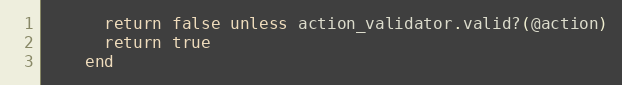
Language: Ruby
      return false unless action_validator.valid?(@action)
      return true
    end